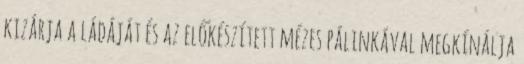
kizárja a ládáját és az előkészített mézes pálinkával megkínálja